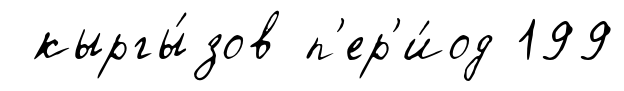
кыргы́зов п'ер'и́од 199